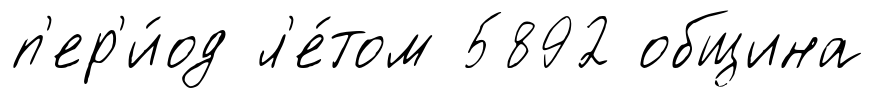
п'ер'и́од л'е́том 5892 община